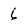
Character: 6